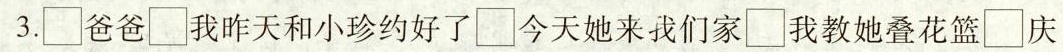
3.\Box爸爸\Box我昨天和小珍约好了\Box今天她来我们家\Box我教她叠花篮\Box庆